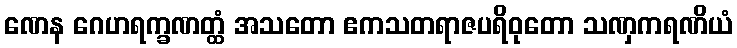
ဏေန ဂေဟရက္ခဏတ္ထံ အသတော ဧကသတရာဇပရိဝုတော သဏှကရဏိယံ